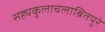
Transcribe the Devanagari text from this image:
सह्यकुलाचलाश्रितपुरे